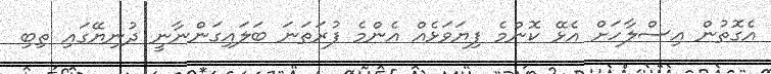
އެގޮތުން އިސްލާހަށް އެޅޭ ކޮންމެ ފިޔަވަޅެއް އެންމެ ފުރަތަނަ ބަލައިގަންނާނީ ދުނިޔޭގައި ތިބި